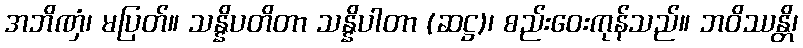
အဘိဏှံ၊ မပြတ်။ သန္နိပတိတာ သန္နိပါတာ (ဆဋ္ဌ)၊ စည်းဝေးကုန်သည်။ ဘဝိဿန္တိ၊